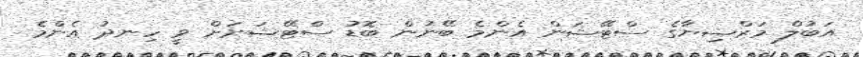
އަބުލް މަރްޟިޔާގެ ސްޓޭޝަން އެންމެ ބޭނުން ބޮޑު ސްޓޭޝަނަށް ވީ ހިނދު އެންމެ